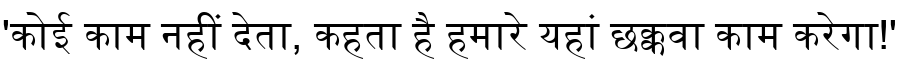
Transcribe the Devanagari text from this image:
'कोई काम नहीं देता, कहता है हमारे यहां छक्कवा काम करेगा!'